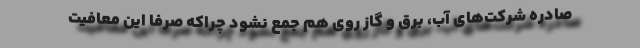
صادره شرکت‌های آب، برق و گاز روی هم جمع نشود چراکه صرفا این معافیت